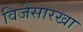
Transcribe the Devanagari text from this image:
विजेसारखा